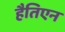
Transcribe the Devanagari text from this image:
हैतिएन